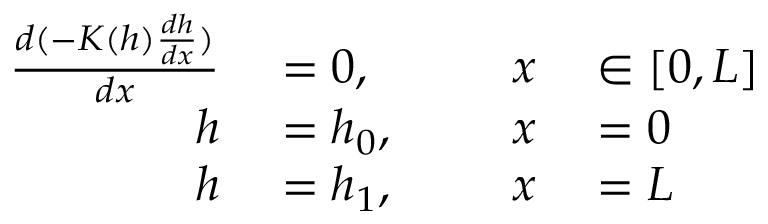
\begin{array} { r l r l } { \frac { d ( - K ( h ) \frac { d h } { d x } ) } { d x } } & { { } = 0 , \qquad } & { x } & { { } \in [ 0 , L ] } \\ { h } & { { } = h _ { 0 } , } & { x } & { { } = 0 } \\ { h } & { { } = h _ { 1 } , } & { x } & { { } = L } \end{array}